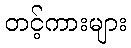
တင့်ကားများ